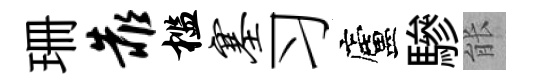
珊靠槛塞习廬驂䏻